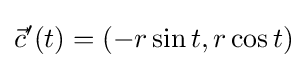
{\vec {c}}'(t)=(-r\sin t,r\cos t)